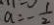
a = - \frac { 1 } { 2 }